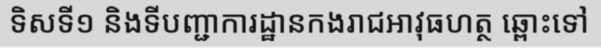
ទិសទី១ និងទីបញ្ជាការដ្ឋានកងរាជអាវុធហត្ថ ឆ្ពោះទៅ